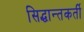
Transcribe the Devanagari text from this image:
सिद्धान्तकर्ती